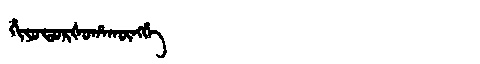
Manchu: ᡥᡳᠶᠣᡨᠣᡵᡧᠣᡥᠠᡴᡡᠩᡤᡝ
Romanization: HIYOTORŠOHAKŪNGGE